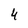
Character: 4